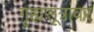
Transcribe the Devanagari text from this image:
गृह्यसूत्रावर